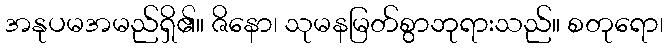
အနုပမအမည်ရှိ၏။ ဇိနော၊ သုမနမြတ်စွာဘုရားသည်။ စတုရော၊